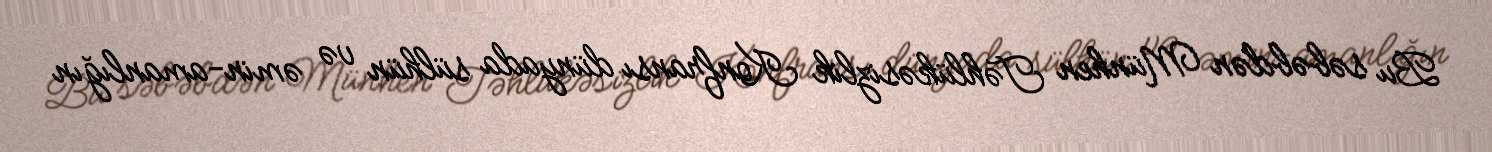
Bu səbəbdən Münhen Təhlükəsizlik Konfransı dünyada sülhün və əmin-amanlığın